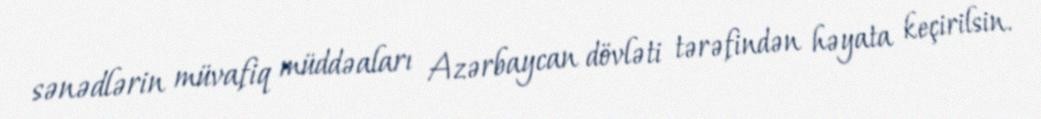
sənədlərin müvafiq müddəaları Azərbaycan dövləti tərəfindən həyata keçirilsin.